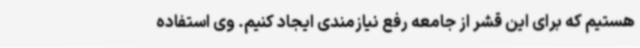
هستیم که برای این قشر از جامعه رفع نیازمندی ایجاد کنیم. وی استفاده